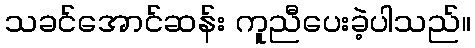
သခင်အောင်ဆန်း ကူညီပေးခဲ့ပါသည်။